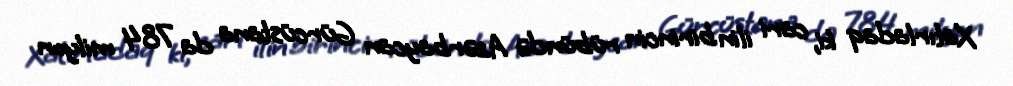
Xatırladaq ki, cari ilin birincin rübündə Azərbaycan Gürcüstana da 784 milyon